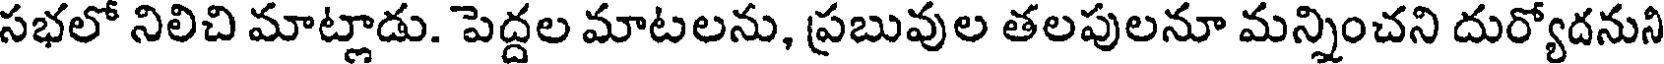
సభలో నిలిచి మాట్లాడు. పెద్దల మాటలను, ప్రబువుల తలపులనూ మన్నించని దుర్యోదనుని